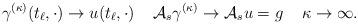
LaTeX: \begin{align*}\gamma^{(\kappa)}(t_\ell,\cdot)\to u(t_\ell,\cdot)\;\;\;\;{\mathcal A}_s \gamma^{(\kappa)}\to {\mathcal A}_s u=g\;\;\;\;\kappa\to\infty.\end{align*}